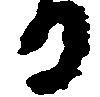
る